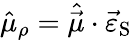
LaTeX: \hat{\mu}_{\rho}=\hat{\vec{\mu}}\cdot\vec{\varepsilon}_{\mathrm{S}}